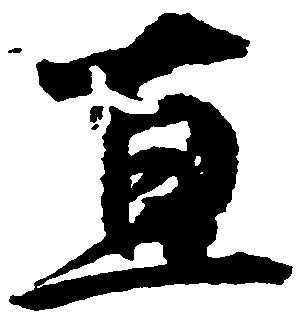
直